Lunatic asylums Madras 1892-1911 - 1892-1911
Year: 1892
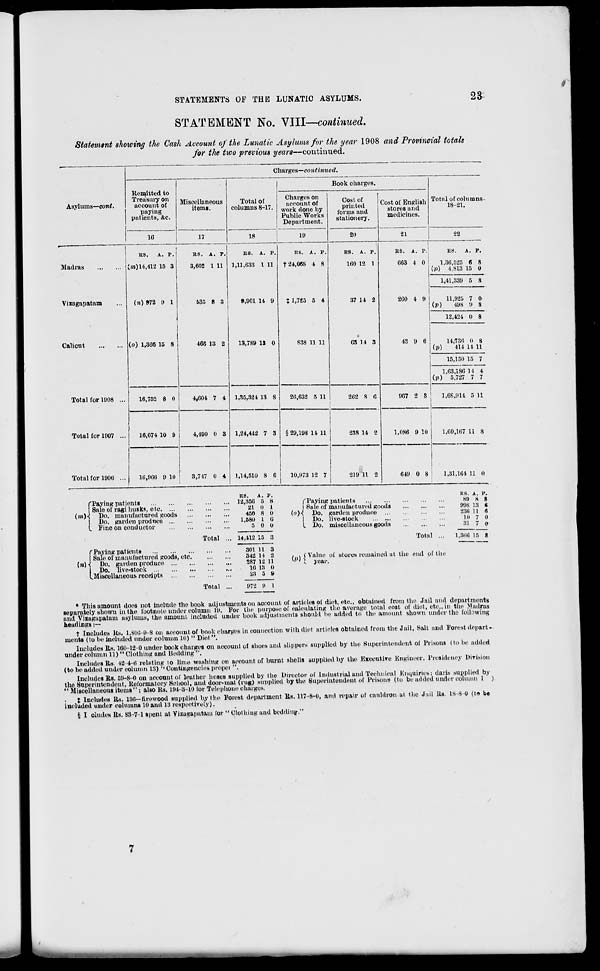
STATEMENTS OF THE LUNATIC ASYLUMS.
23
STATEMENT No. VIII—continued.
Statement showing the Cash Account of the Lunatic Asylums for the gear 1908 and Provincial totals
for the two previous years—continued.
Charges—continued.
Remitted to
Treasury on
account of
paying
patients, &c.
Miscellaneous
items.
Total of
columns 8-17.
Book charges.
Asylums—cont.
Charges on
account of
work done by
Public Works
Department.
19
Cost of
printed
forms and
stationery.
Cost of English
stores and
medicines.
Total of columns
18-21.
1C
17
18
20
21
22
Madias
RS. A. P.
(m) 14,412 15 3
(w) 972 9 1
(o) 1,366 15 8
018. A. P.
3,602 1 11
535 8 3
466 13 2
RS. A. P.
1,11,633 I 11
9,901 14 9
13,789 13 0
RS. A. P.
124,068 4 8
% 1,785 5 4
838 11 11
RS. A. P.
160 12 1
37 14 2
63 14 3
i
RS. A. P.
063 4 0
260 4 9
48 9 6
RS. A. P.
1,30,525 6 8
(p) 4,813 15 0
1,41,339 6 8
Vixagapatam
11,925 7 0
(p)
49S 9 8
12,424 0 8
Calicut
14,730 0 8
(p)
414 It 11
15,150 15 7
1,03,180 1 t 4
(p) 5,727 7 7
Total for 1808 ...
16,752 8 0 S
4,001 7 4
1
1,35,324 13 8
26,632 5 11
262 8 0
907 2 8
1,08,911 5 11
Total for 1007 ...
16,074 10 9
4,400 0 3 1,24,442 7 3
1
1
§29,198 11 11 1
238 14 2
I
1,086 9 10
1,00,107 U 3
Total for 1900 ...
10,000 9 10
3,747 0 4
1,14,510 8 6
10,973 12 7
219 11 2
649 0 8
1,81,164 11 0
("Paying patients
! Sale of ragi husks, etc. ...
(«»)■{ Do. manufactured goods
j Do. garden prod nee ...
I Fine on conductor
(n)
"Paying patients
Sale of manufactured goods, etc.
Do. garden produce
Do. live-stock
Miscellaneous receipts
Total
RS. A. V.
12,356 5 8
21 1) 1
450 8 I)
1,581) 1 li
5 0 0
14,412 15 8
301 11 3
342 14 a
287 12 11
10 13 0
23 5 9
Total
972 9 I
f Paying patients
i Sale of manufactured goods
{(>)■{ Do. garden product* ...
I Do. live-stock
I Do. miscellaneous goods
RS. A. P.
8!) 8 8
998 13 «
236 11 6
10 7 0
81 7 0
Total ..
1,300 15 8
(D)
( Value oi stores remained at the end of the
I year.
* This amount does not include the book adjustments on account of articles ot diet, etc., obtained from the Jail and departments
separately shown in the footnote under column 19. For the purpose of calculating the average total cost of diet, etc., in the Madras
and Vizagapatain asylums, the amount included under book adjustments should be added to the amount shown under the following
headings :—
t Includes Rs. 1,806-9-8 on account of book charges in connection with diet articles obtained from the Jail, Salt and Forest depart,
merits (to be included under column 10) " Diet".
Includes Rs. 160-12 0 under book charges on account of shoes and slippers supplied by the Superintendent of Prisons (to be added
under column 11) " Clothing and Bedding ,
Includes Rs. 42 4-0 relating to lime washing en account of burnt shells supplied by the Executive Engineer, Presidency Division
(to be added under column 13)'' Contingencies propel "•
Includes as. 59-8-0 on account of leather hoses supplied by the Director of Industrial and Technical Enquiries( daris supplied by
the Superintendent, Reformatory School, and door-mat (rug) sunplied by the Superintendent of Prisons (to be added under column 1 )
"Miscellaneous items" ; also Rs. 194 3-10 for Telephone charges.
t Includes Rs. 130— firewood supplied by the Forest department as. 117-8-0, and repair of cauldron at the Jtiil Rs. 18-8-0 (t» be
included under columns 10 and 13 respectively).
§ I eludes Rs. 88-7• 1 spent at Yizugaputain for "Clothingand bedding."